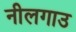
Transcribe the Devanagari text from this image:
नीलगाउ